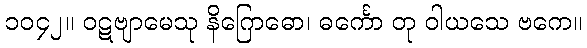
၁၀၄၂။ ဝဋဗျာမေသု နိဂြောဓော၊ ဓင်္ကော တု ဝါယသေ ဗကေ။